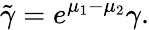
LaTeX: \tilde{\gamma}=e^{\mu_{1}-\mu_{2}}\gamma.